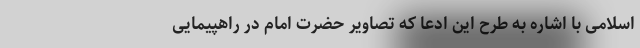
اسلامی با اشاره به طرح این ادعا که تصاویر حضرت امام در راهپیمایی